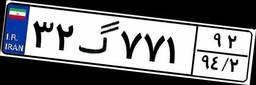
۳۲گ۷۷۱۹۲